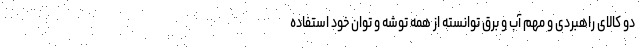
دو کالای راهبردی و مهم آب و برق توانسته از همه توشه و توان خود استفاده